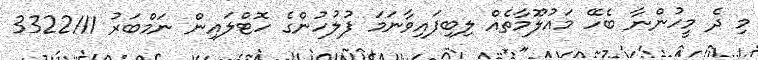
މި ދެ މީހުންނާ ބެހޭ މައުލޫމާތެއް ލިބިފައިވާނަމަ ފުލުހުންގެ ހޮޓްލައިން ނަމްބަރު 3322111